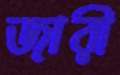
জারী